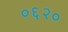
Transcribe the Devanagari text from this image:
०६२०